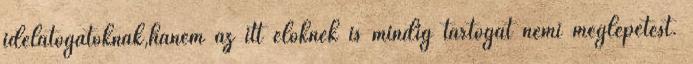
idelátogatóknak,hanem az itt élőknek is mindig tartogat némi meglepetést.